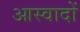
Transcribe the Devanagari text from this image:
आस्वादों